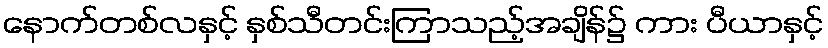
နောက်တစ်လနှင့် နှစ်သီတင်းကြာသည့်အချိန်၌ ကား ပီယာနှင့်